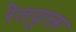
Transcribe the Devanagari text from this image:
रेतयुक्त